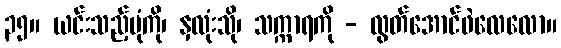
၃၅။ ယင်းသည့်ပုံကို၊ နှလုံးသို၊ သက္ကာရကို - လွတ်အောင်ဖဲလေလော။